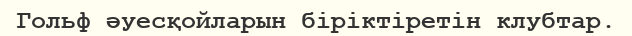
Гольф әуесқойларын біріктіретін клубтар.